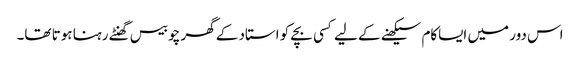
اس دور میں ایساکام سیکھنے کے لیے کسی بچے کو استاد کے گھر چوبیس گھنٹے رہنا ہوتا تھا۔